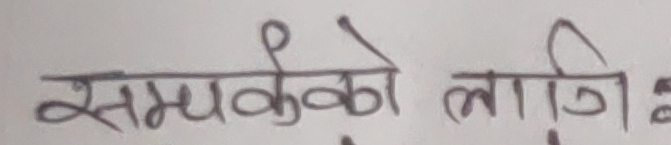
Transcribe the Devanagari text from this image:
समयको लागि